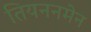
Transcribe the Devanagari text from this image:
तियननमेन